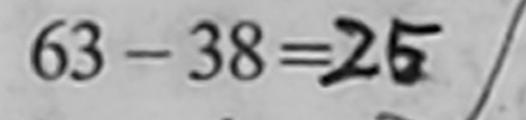
6 3 - 3 8 = 2 5